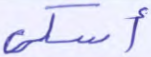
أسكي